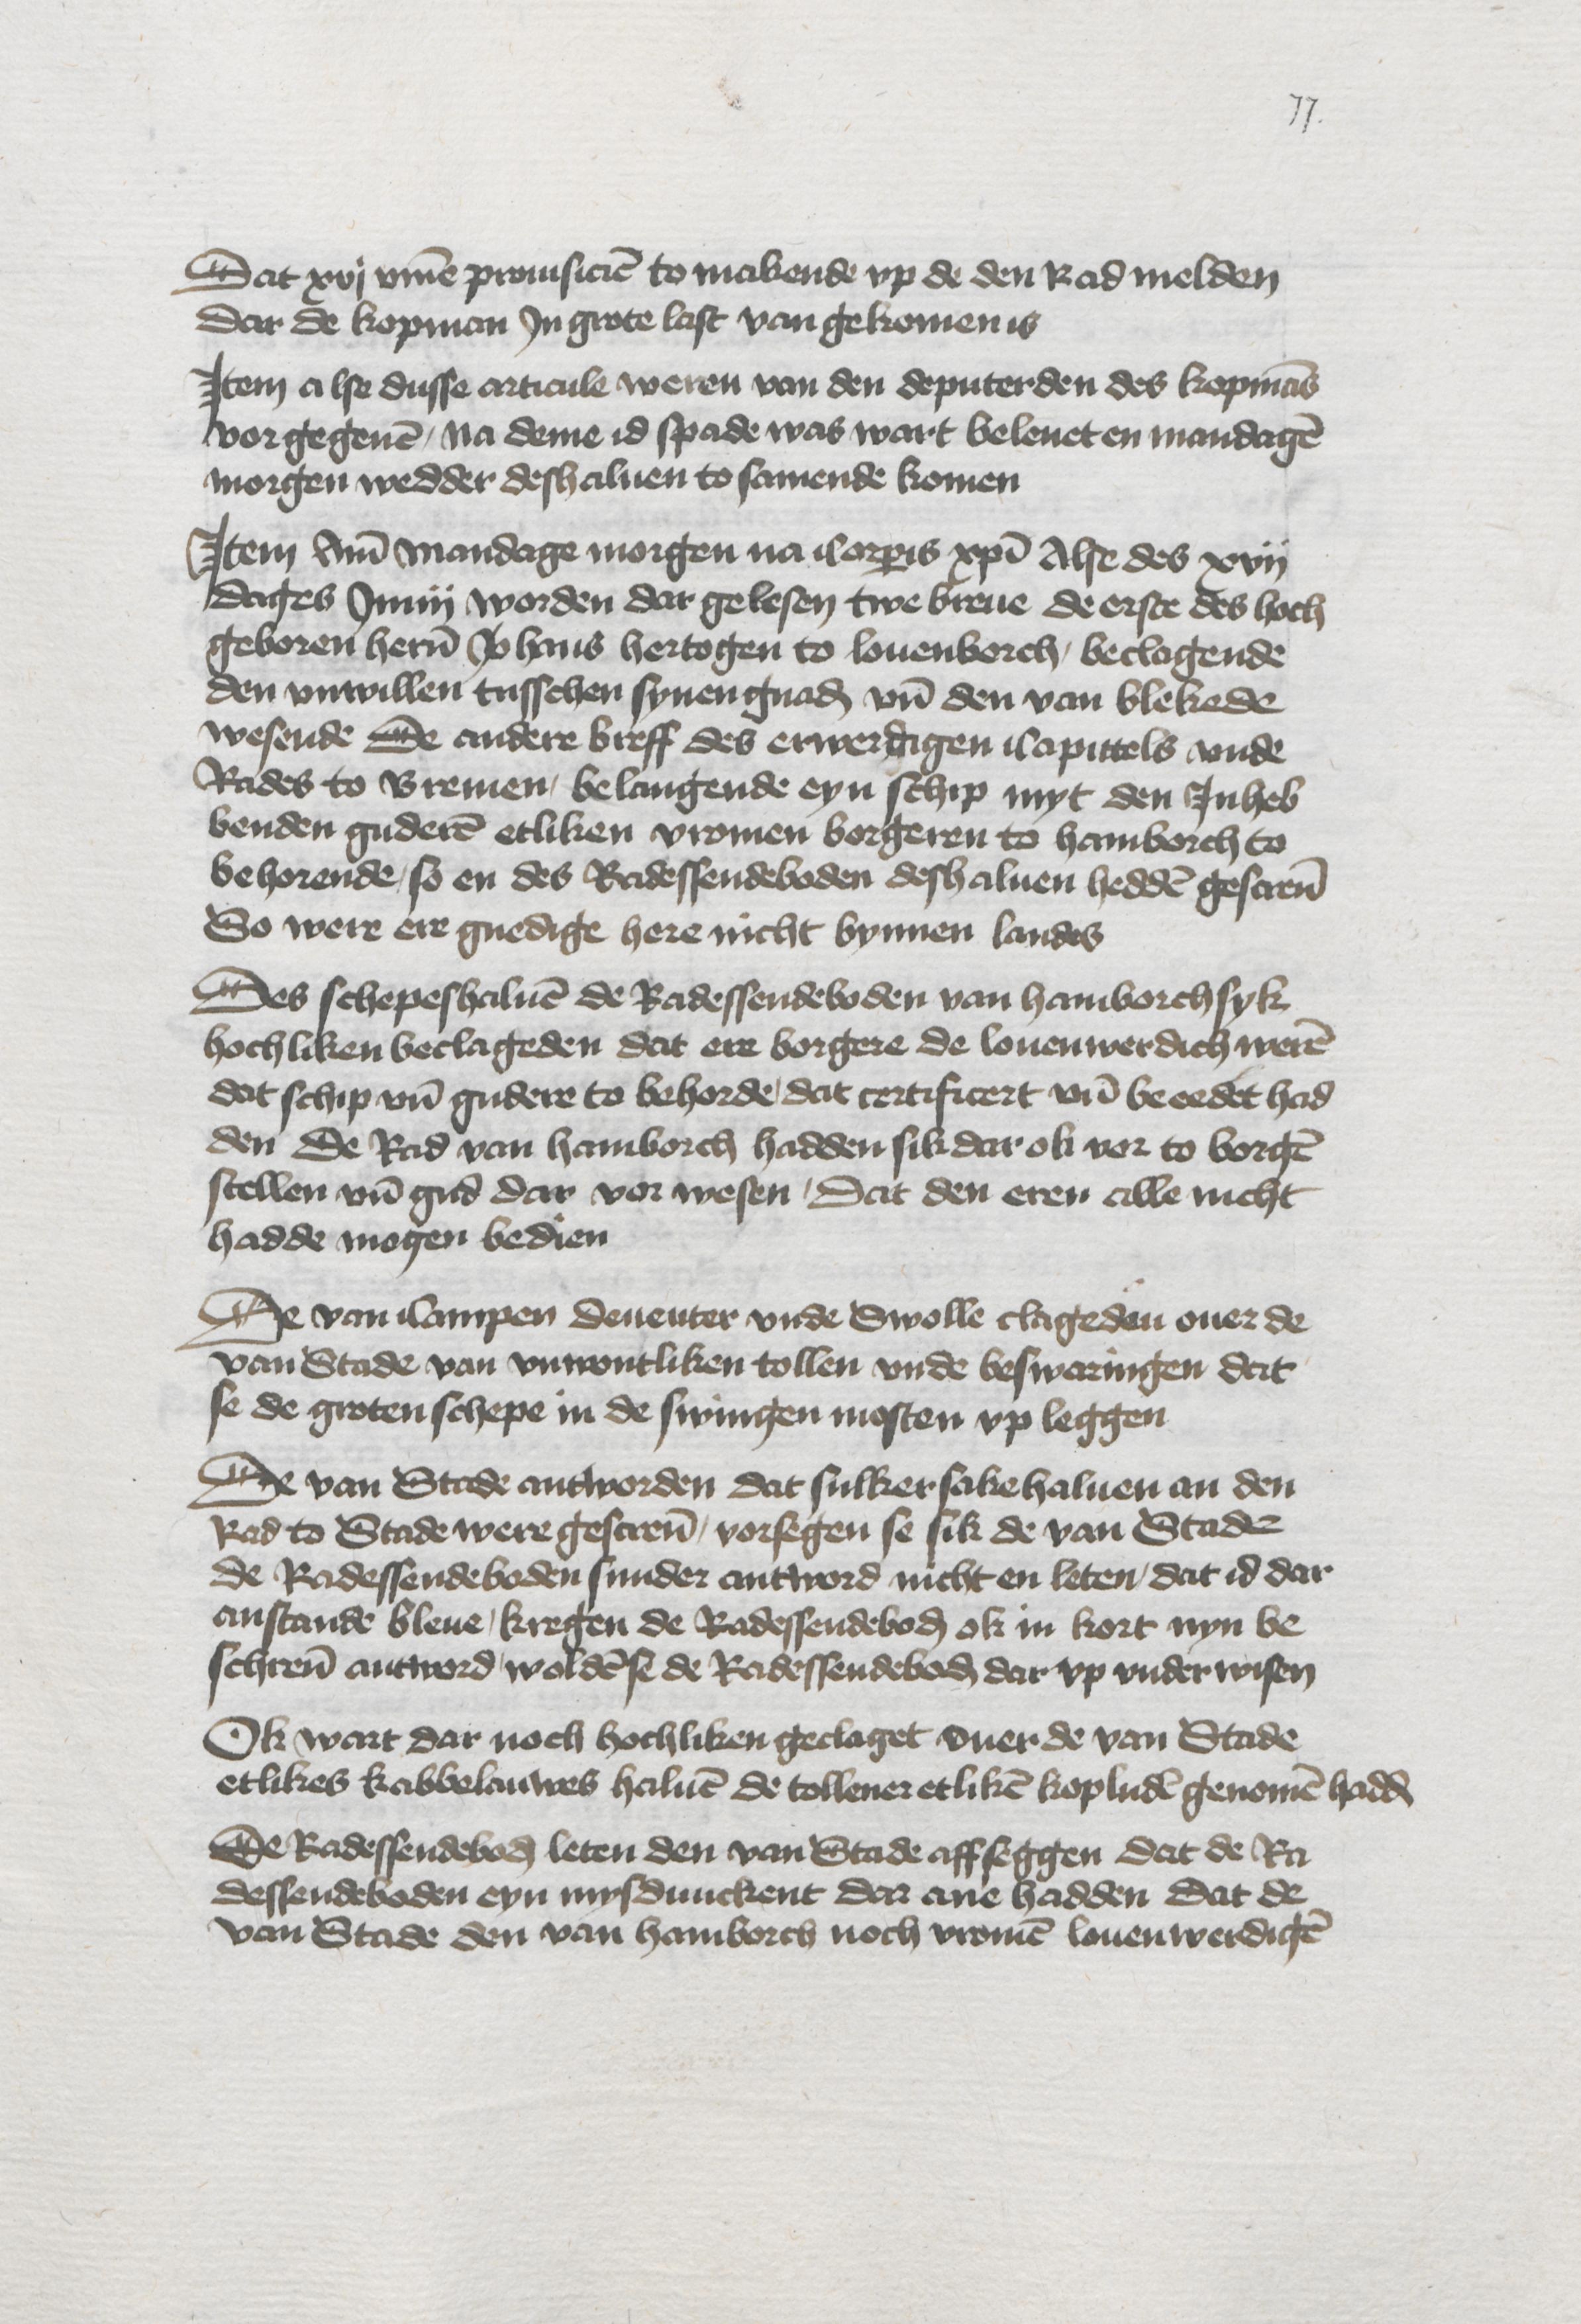
Dat xvj vmme prouisicien to makende vp de den Rad melden
dar de kopman Jn grote last van gekomen is

Jtem alse dusse articule weren van den deputerden des kopmans
vorgegeuen, na deme id spade was wart beleuet en mandagen
morgen wedder deshaluen to samende komen

Jtem Ame mandege morgen na Corporis Christi Alse des xvij
dages Junij worden dar gelesen twe breue de erste des hoch¬
geboren heren Johans hertogen to Louenborch, beclagende
den vnwillen tusschen synen gnaden vnde den van Blekede
wesende De andere breff des erwerdigen Capittels vnde
Rades to Bremen, belangende eyn schip myt den Jnheb¬
benden guderen etliken vromen borgeren to Hamborch to
behorende, so en des Radessendeboden deshaluen hedden gescreuen
So were ere gnedige here nicht bynnen landes

Des schepeshaluen de Radessendeboden van Hamborch syk
hochliken beclageden dat ere borgere de louenwerdich weren
dat schip vnd gudere to behorde, dat certificert vnd beeedet had¬
den De Rad van Hamborch hadden sik dar ok vor to borgen
stellen vnd gud dar vor wesen, Dat den eren alle nicht
hadde mogen bedien

De van Campen Deuenter vnde Swolle clageden ouer de
van Stade van vnwontliken tollen vnde beswaringen dat
se de groten schepe in de swingen mosten vp leggen

De van Stade antworden dat sulker sakehaluen an den
Rad to Stade were gescreuen, vorsegen se sik de van Stade
de Radessendeboden sunder antword nicht en leten, dat id dar
anstande bleue, kregen de Radessendeboden ok in kort nyn be¬
schreuen antword, wolden se de Radessendeboden dar vp vnderwisen

Ok wart dar noch hochliken geclaget ouer de van Stade
etlikes kabbeluawes haluen de tollener etliken kopluden genomen hadde

De Radessendeboden leten den van Stade affseggen dat de Ra¬
dessendeboden eyn mysdunckent dar ane hadden dat de
van Stade den van Hamborch noch vromen louenwerdigen